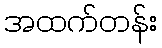
အထက်တန်း